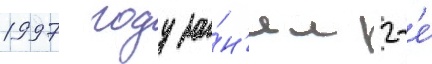
1997 году за́н'ял 2-е́